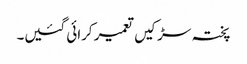
پختہ سڑکیں تعمیر کرائی گئیں۔